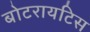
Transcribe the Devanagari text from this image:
बोटरायटिस